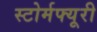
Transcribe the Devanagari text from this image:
स्टोर्मफ्यूरी